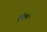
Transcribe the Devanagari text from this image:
एँठल